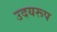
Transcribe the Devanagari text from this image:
उदयरूप